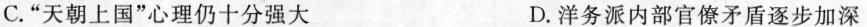
C. “天朝上国”心理仍十分强大 D. 洋务派内部官僚矛盾逐步加深